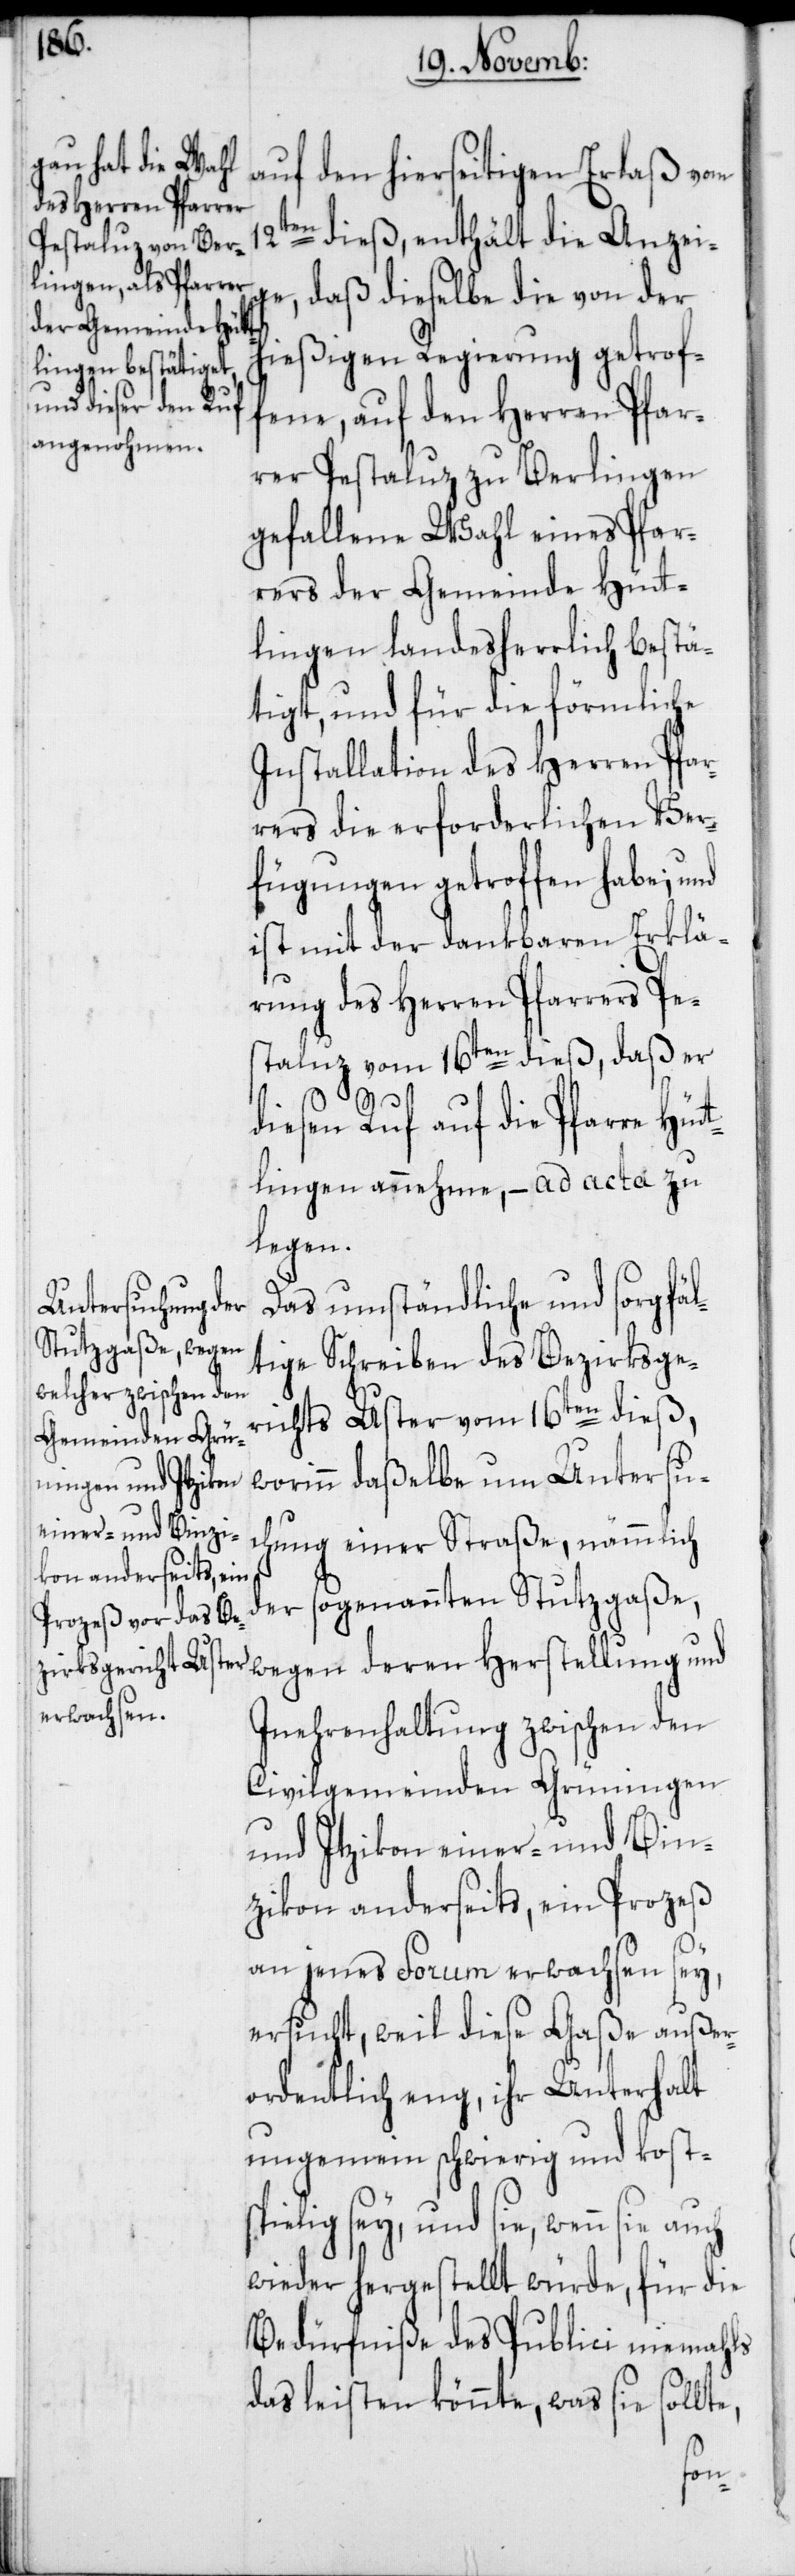
deren
auf den hierseitigen Erlaß vom
12ten dieß, enthält die Anzei¬
ge, daß dieselbe die von der
hießigen Regierung getrof¬
fene, auf den Herren Pfar¬
rer Pestaluz zu Berlingen
gefallene Wahl eines Pfar¬
rers der Gemeinde Hütt¬
lingen landesherrlich bestä¬
tigt, und für die förmliche
Installation des Herren Pfar¬
rers die erforderlichen Ver¬
fügungen getroffen habe; und
ist mit der dankbaren Erklä¬
rung des Herren Pfarrers Pes¬
taluz vom 16ten dieß, daß er
diesen Ruf auf die Pfarre Hüt¬
tlingen annehme, – ad acta zu
legen.
Das umständliche und sorgfäl¬
tige Schreiben des Bezirksge¬
richts Uster vom 16ten dieß,
worinn dasselbe um Untersu¬
chung einer Straße, nämmlich
der so genannten Stutzgaße,
Inehrenhaltung zwischen den
Civilgemeinden Grüningen
und Itzikon einer-[,] und Bin¬
zikon anderseits, ein Prozeß
an jenes Forum erwachsen sey,
ersucht, weil diese Gaße außer¬
ordentlich eng, ihr Unterhalt
ungemein schwierig und kosts¬
pielig sey, und sie, wenn sie
wieder hergestellt würde, für die
Bedürfniße des Publici niemahls
das leisten könnte, was sie sollte,